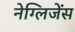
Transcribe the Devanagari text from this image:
नेग्लिजेंस